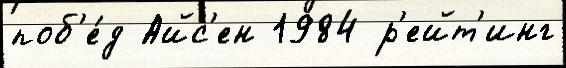
поб'е́д Айс'ен 1984 р'ейт'инг